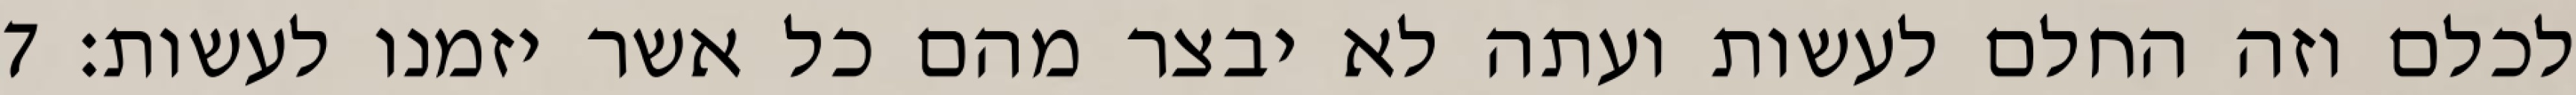
לכלם וזה החלם לעשות ועתה לא יבצר מהם כל אשר יזמנו לעשות׃ ‎7‏